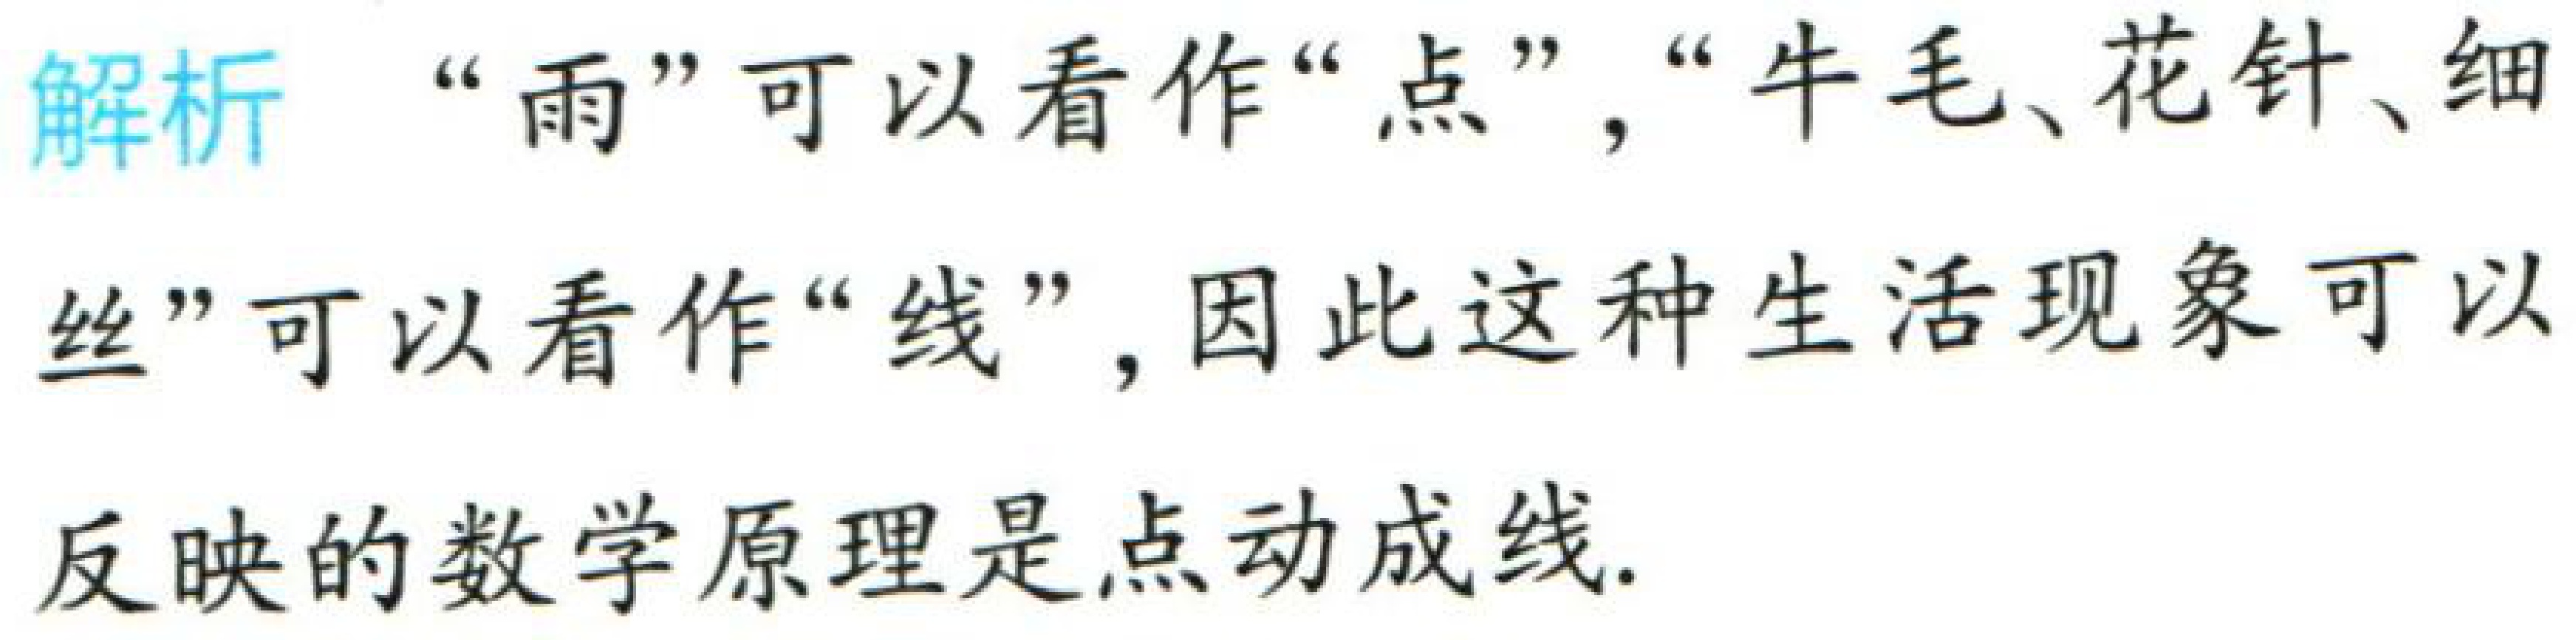
解析 “雨”可以看作“点”，“牛毛、花针、细丝”可以看作“线”，因此这种生活现象可以反映的数学原理是点动成线.